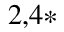
^ { 2 , 4 \ast }